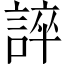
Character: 誶